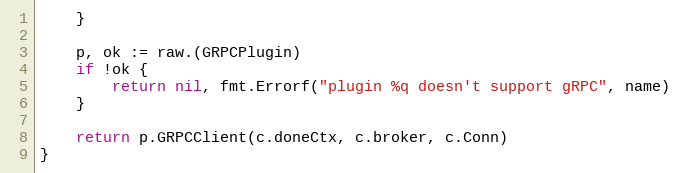
Language: Go
	}

	p, ok := raw.(GRPCPlugin)
	if !ok {
		return nil, fmt.Errorf("plugin %q doesn't support gRPC", name)
	}

	return p.GRPCClient(c.doneCtx, c.broker, c.Conn)
}